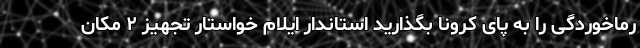
رماخوردگی را به پای کرونا بگذارید استاندار ایلام خواستار تجهیز ۲ مکان